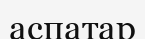
аспатар